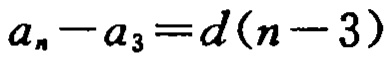
\(a_{n}-a_{3}=d(n - 3)\)